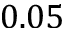
0 . 0 5